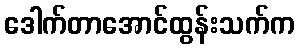
ဒေါက်တာအောင်ထွန်းသက်က